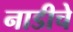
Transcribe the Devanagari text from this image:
नाडीचे